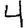
Digit: 4